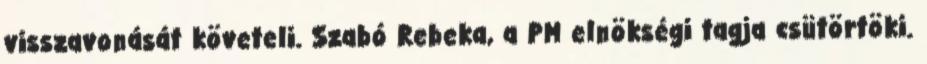
visszavonását követeli. Szabó Rebeka, a PM elnökségi tagja csütörtöki.